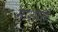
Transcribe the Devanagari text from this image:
माशास